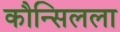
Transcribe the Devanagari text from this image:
कौन्सिलला